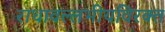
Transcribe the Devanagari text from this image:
राधावल्लभीयविरक्त